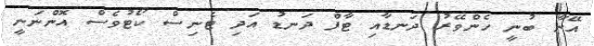
އޭނާ ބުނީ ހެންވޭރު ދަނޑާއި ޓާފް ދަނޑު އަދި ޓެނިސް ކޯޓުވެސް އޮންނަނީ